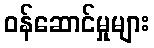
ဝန်ဆောင်မှုများ